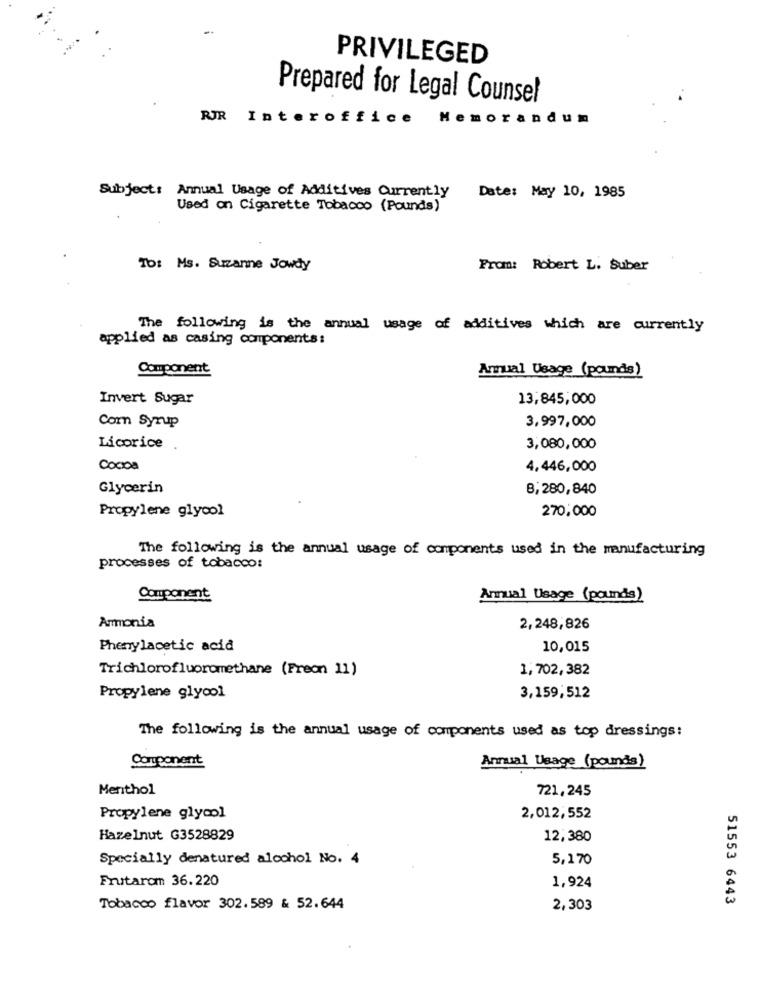
PRIVILEGED
Prepared for Legal Counsel
RIR Interoffice
Memorandum
Subject: Annual Usage of Additives Currently
Date: May 10, 1985
Used on Cigarette Tobacco (Pounds)
To: Ms. Suzanne Jowdy
From: Robert L. Suber
The following is the annual usage of additives which are currently
applied as casing components:
Component
Anual Usage (pounds)
Invert Sugar
13,845,000
3,997,000
Corn Syrup
Licorice
3,080,000
Cocos
4,446,000
Glycerin
8,280,840
Propylene glycol
270,000
The following is the annual usage of components used in the manufacturing
processes of tobacco:
Component
Annual Usage (pounds)
Ammonia
2,248,826
Phenylacetic acid
10,015
Trichlorofluoromethane (Freon 11)
1,702,382
Propylene glycol
3,159,512
The following is the annual usage of components used as top dressings:
Component
Annual Usage (pounds)
Menthol
721,245
Propylene glycol
2,012,552
Hazelnut G3528829
12,380
Specially denatured alcohol No. 4
5,170
Frutarom 36.220
1,924
51553 6443
Tobacco flavor 302.589 & 52.644
2,303